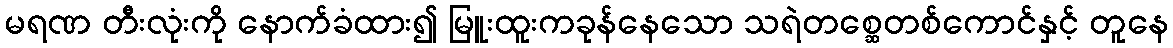
မရဏ တီးလုံးကို နောက်ခံထား၍ မြူးထူးကခုန်နေသော သရဲတစ္ဆေတစ်ကောင်နှင့် တူနေ